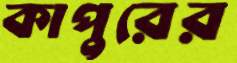
কাপুরের